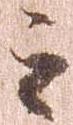
之